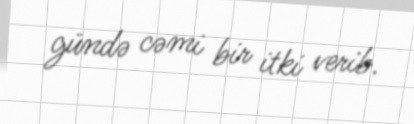
gündə cəmi bir itki verib.